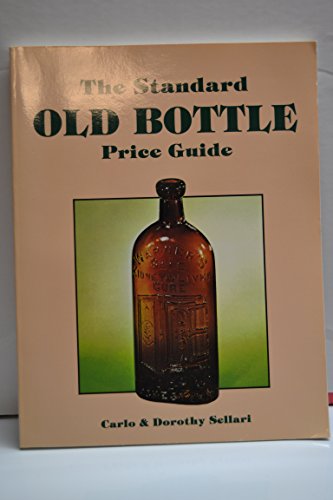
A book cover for The Standard Old Bottle Price Guide; Carlo Sellari; Crafts, Hobbies & Home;